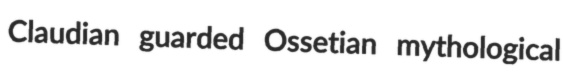
Claudian guarded Ossetian mythological